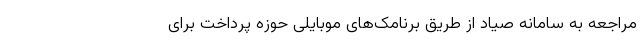
مراجعه به سامانه صیاد از طریق برنامک‌های موبایلی حوزه پرداخت برای